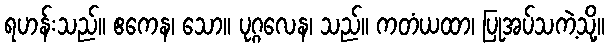
ရဟန်းသည်။ ဧကေန၊ သော။ ပုဂ္ဂလေန၊ သည်။ ကတံယထာ၊ ပြုအပ်သကဲ့သို့။